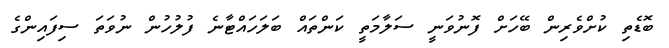
ބޮޑެތި ކުށްވެރިން ބޭހަށް ފޮނުވަނީ ސަލާމަތީ ކަންތައް ބަލަހައްޓާނެ ފުލުހުން ނުވަތަ ސިފައިންގެ